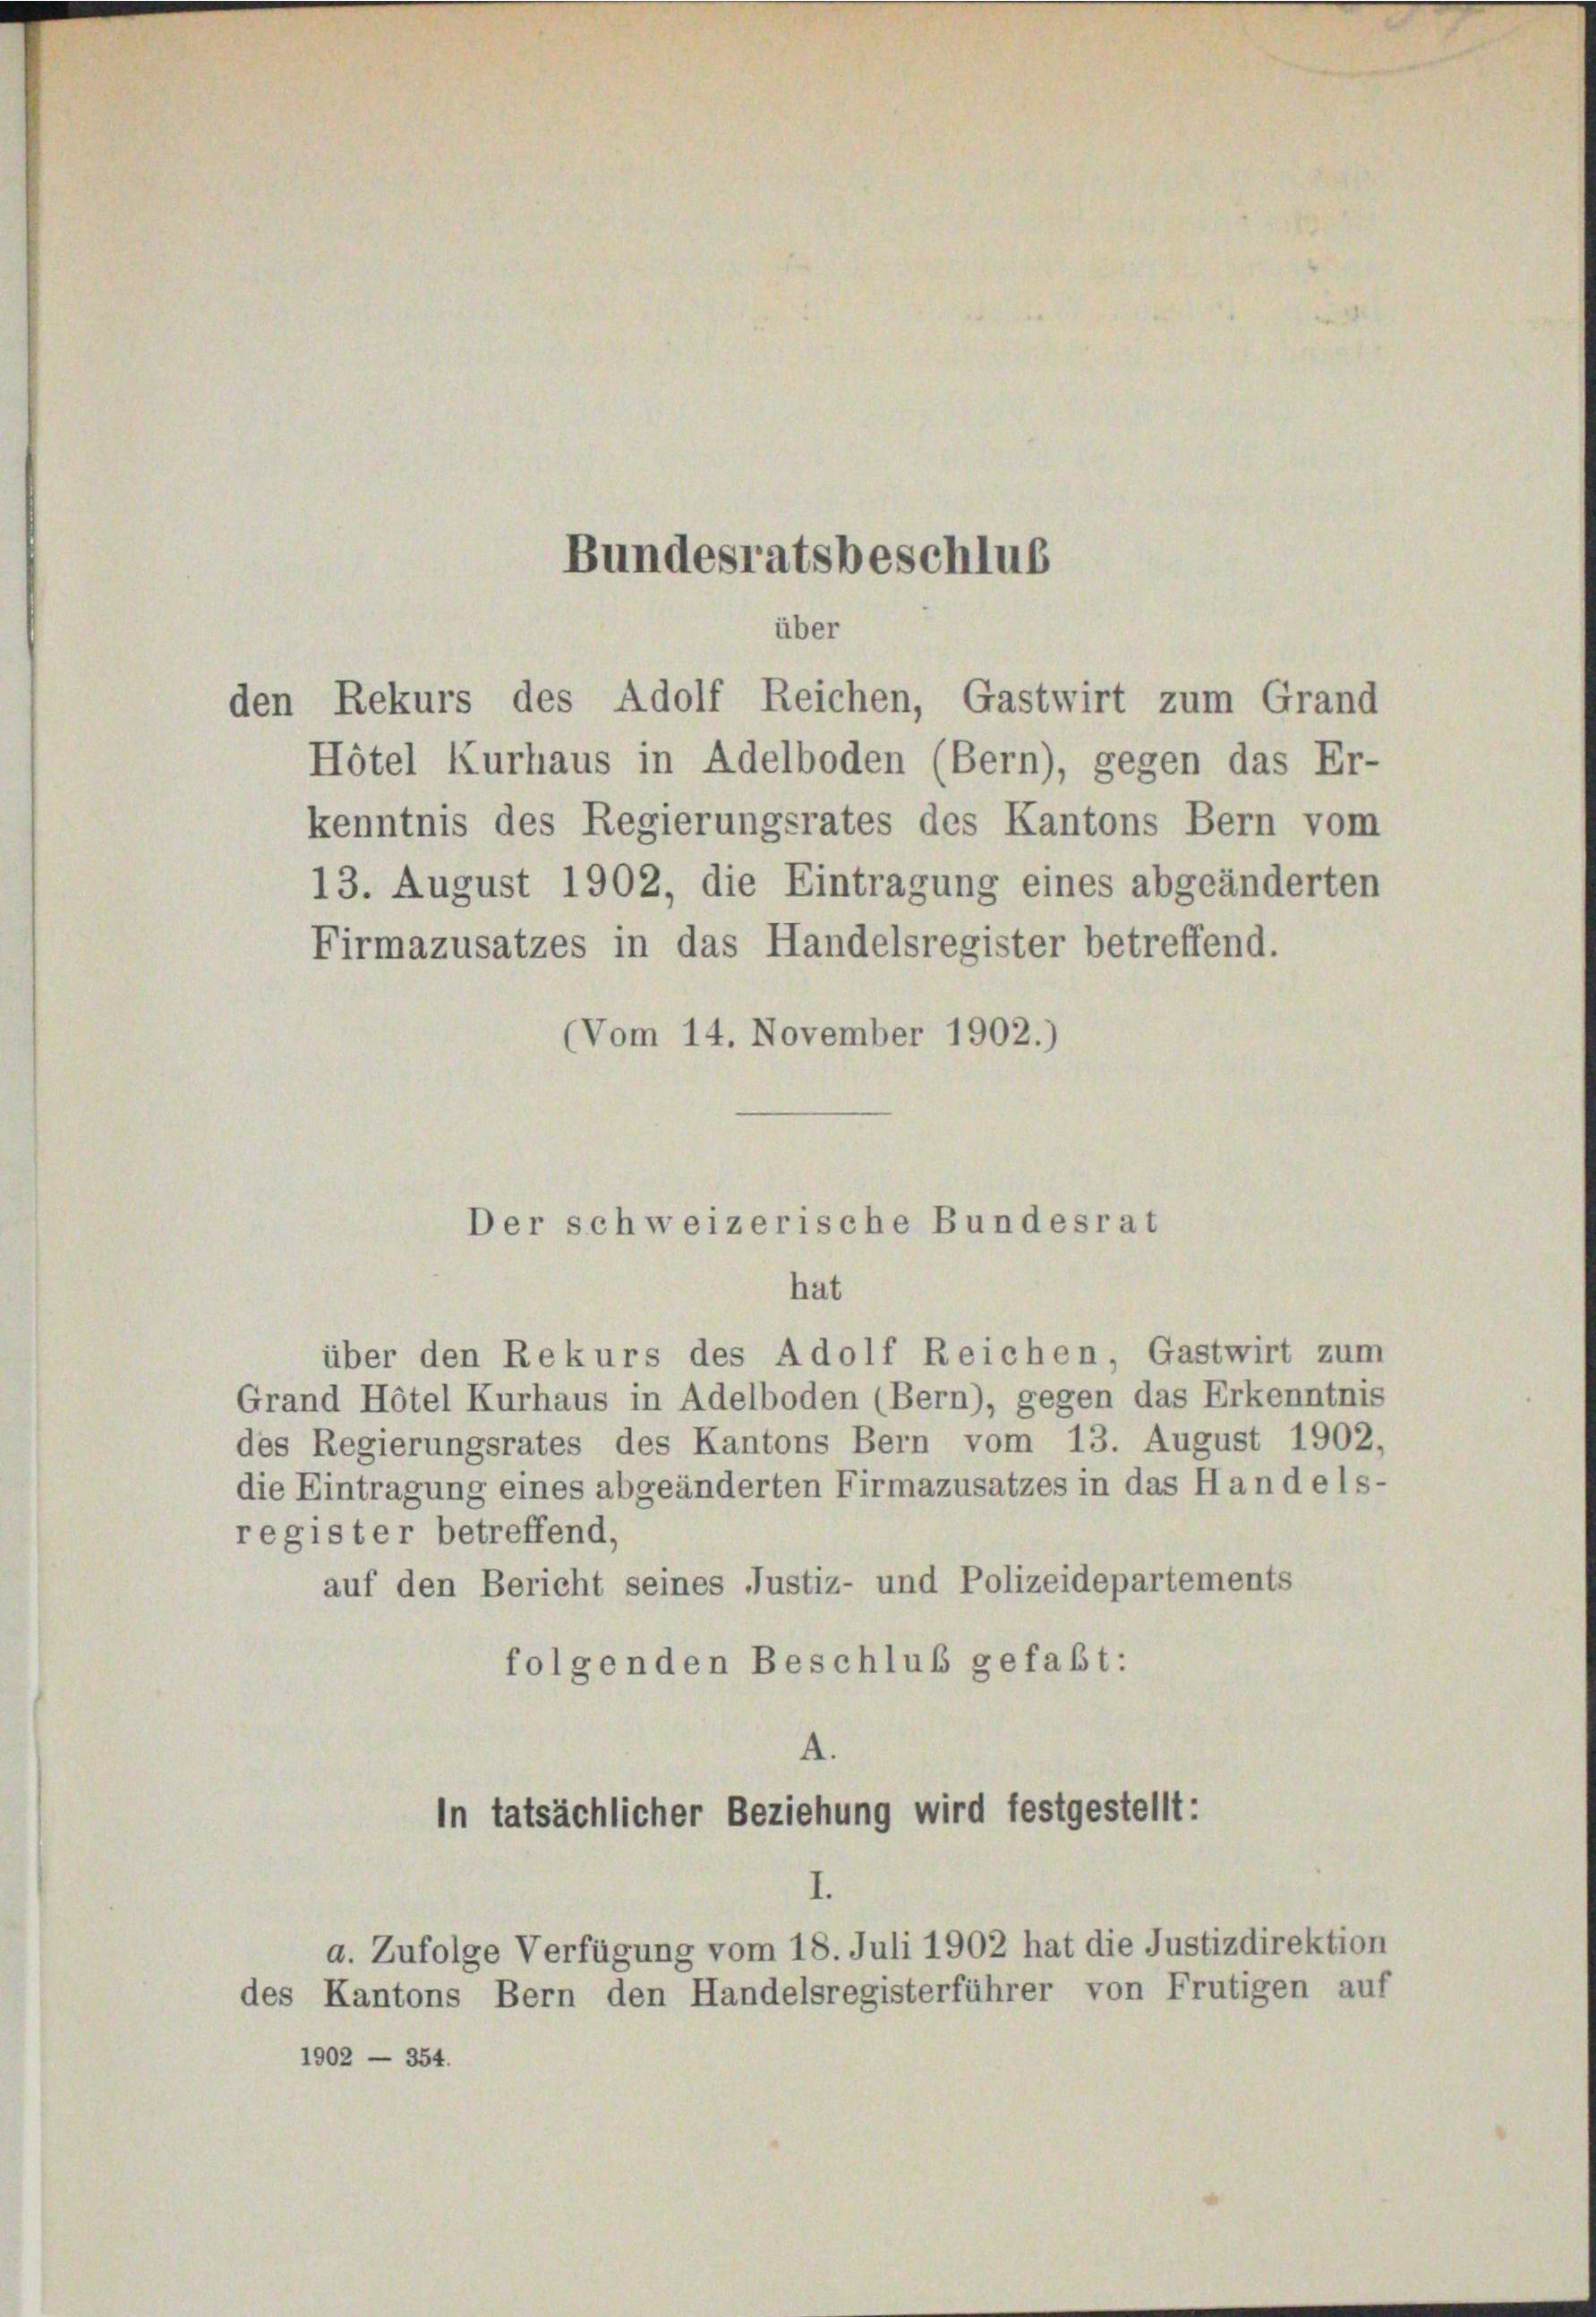
Bundesratsbeschlus

über
den Rekurs des Adolf Reichen, Gastwirt zum Grand
Hôtel Kurhaus in Adelboden (Bern), gegen das Er-

kenntnis des Regierungsrates des Kantons Bern vom
13. August 1902, die Eintragung eines abgeänderten
Firmazusatzes in das Handelsregister betreffend.
(Vom 14. November 1902.)

über den Rekurs des Adolf Reichen, Gastwirt zum
Grand Hotel Kurhaus in Adelboden (Bern), gegen das Erkenntnis
des Regierungsrates des Kantons Bern vom 13. August 1902.
die Eintragung eines abgeänderten Firmazusatzes in das Handels-
register betreffend,
auf den Bericht seines Justiz- und Polizeidepartements
folgenden Beschluß gefaßt:

1902 - 354.

Der schweizerische Bundesrat
hat

A.
In tatsächlicher Beziehung wird festgestellt:
a. Zufolge Verfügung vom 18. Juli 1902 hat die Justizdirektion
des Kantons Bern den Handelsregisterführer von Frutigen auf